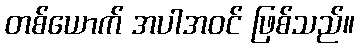
တစ်ယောက် အပါအဝင် ဖြစ်သည်။